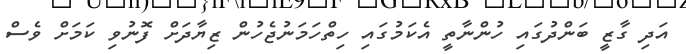
އަދި ގާޒީ ބަންދުގައި ހުންނާތީ އެކަމުގައި ހިތްހަމަނުޖެހުން ޒިޔާދަށް ފޮނުވި ކަމަށް ވެސް